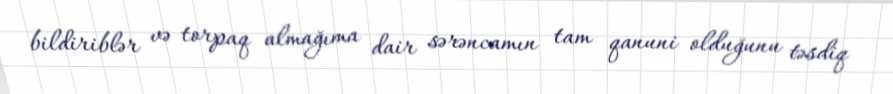
bildiriblər və torpaq almağıma dair sərəncamın tam qanuni olduğunu təsdiq